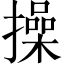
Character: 操